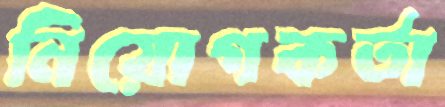
নিয়োগকর্তা